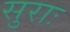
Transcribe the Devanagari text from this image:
सुराः